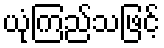
ယုံကြည်သဖြင့်